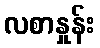
လစာနှုန်း